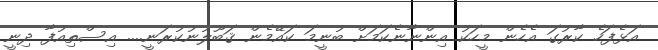
އަޅެފަހެ ކާރުގަ އެހެން މީހަކު އިންނާނެކަމަށް ބުނީމަ ކައޭމެން ޤަބޫލުނުކުރަނީ.... އިސްތިއުފާ ދިނީ